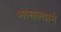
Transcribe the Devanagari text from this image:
भासल्याने